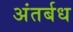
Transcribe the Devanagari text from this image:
अंतर्बध